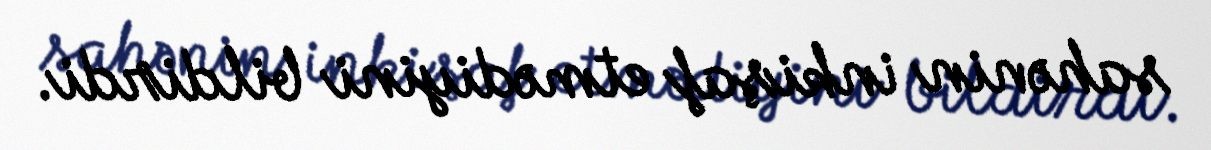
sahənin inkişaf etmədiyini bildirdi.